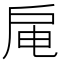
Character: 𫼊